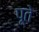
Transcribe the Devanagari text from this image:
पूते